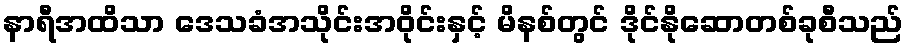
နာရီအထိသာ ဒေသခံအသိုင်းအဝိုင်းနှင့် မိနစ်တွင် ဒိုင်နိုဆောတစ်ခုစီသည်